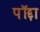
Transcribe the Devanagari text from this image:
पॉद्दा